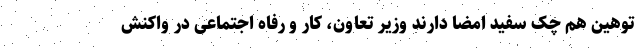
توهین هم چک سفید امضا دارند وزیر تعاون، کار و رفاه اجتماعی در واکنش